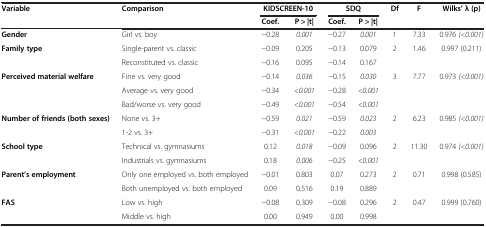
| <ROWSPAN=2> Variable | <ROWSPAN=2> Comparison | <COLSPAN=2> KIDSCREEN-10 | <COLSPAN=2> SDQ | <ROWSPAN=2> Df | <ROWSPAN=2> F | <ROWSPAN=2> Wilks’ λ (p) |
 | Coef. | P > |t| | Coef. | P > |t| |
 | --- | --- | --- | --- | --- | --- | --- | --- | --- |
 | Gender | Girl vs. boy | -0.28 | 0.001 | -0.27 | 0.001 | 1 | 7.33 | 0.976 (<0.001) |
 | <ROWSPAN=2> Family type | Single-parent vs. classic | -0.09 | 0.205 | -0.13 | 0.079 | <ROWSPAN=2> 2 | <ROWSPAN=2> 1.46 | <ROWSPAN=2> 0.997 (0.211) |
 | Reconstituted vs. classic | -0.16 | 0.095 | -0.14 | 0.167 |
 | <ROWSPAN=3> Perceived material welfare | Fine vs. very good | -0.14 | 0.036 | -0.15 | 0.030 | <ROWSPAN=3> 3 | <ROWSPAN=3> 7.77 | <ROWSPAN=3> 0.973 (<0.001) |
 | Average vs. very good | -0.34 | <0.001 | -0.28 | <0.001 |
 | Bad/worse vs. very good | -0.49 | <0.001 | -0.54 | <0.001 |
 | <ROWSPAN=2> Number of friends (both sexes) | None vs. 3+ | -0.59 | 0.021 | -0.59 | 0.023 | <ROWSPAN=2> 2 | <ROWSPAN=2> 6.23 | <ROWSPAN=2> 0.985 (<0.001) |
 | 1-2 vs. 3+ | -0.31 | <0.001 | -0.22 | 0.003 |
 | <ROWSPAN=2> School type | Technical vs. gymnasiums | 0.12 | 0.018 | -0.09 | 0.096 | <ROWSPAN=2> 2 | <ROWSPAN=2> 11.30 | <ROWSPAN=2> 0.974 (<0.001) |
 | Industrials vs. gymnasiums | 0.18 | 0.006 | -0.25 | <0.001 |
 | <ROWSPAN=2> Parent’s employment | Only one employed vs. both employed | -0.01 | 0.803 | 0.07 | 0.273 | <ROWSPAN=2> 2 | <ROWSPAN=2> 0.71 | <ROWSPAN=2> 0.998 (0.585) |
 | Both unemployed vs. both employed | 0.09 | 0.516 | 0.19 | 0.889 |
 | FAS | Low vs. high | -0.08 | 0.309 | -0.08 | 0.296 | 2 | 0.47 | 0.999 (0.760) |
 |  | Middle vs. high | 0.00 | 0.949 | 0.00 | 0.998 |  |  |  |